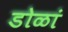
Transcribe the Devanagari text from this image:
डोळां